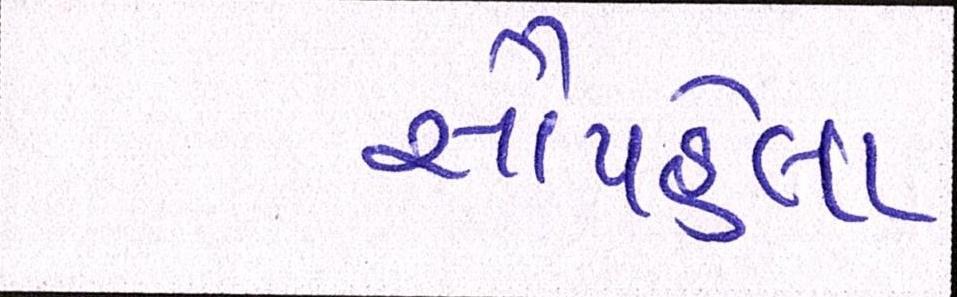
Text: સૌપહેલા